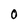
Character: 0